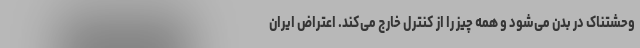
وحشتناک در بدن می‌شود و همه چیز را از کنترل خارج می‌کند. اعتراض ایران